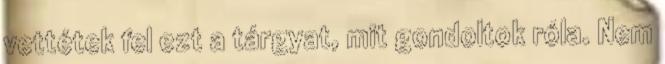
vettétek fel ezt a tárgyat, mit gondoltok róla. Nem